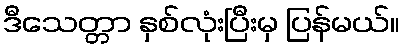
ဒီသေတ္တာ နှစ်လုံးပြီးမှ ပြန်မယ်။